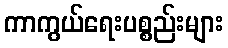
ကာကွယ်ရေးပစ္စည်းများ